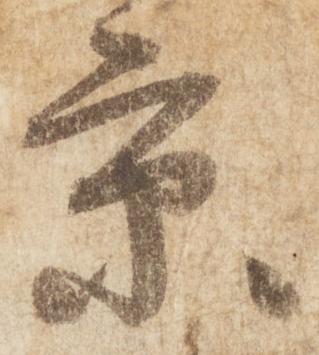
京